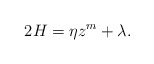
\begin{align*}2H=\eta z^m+\lambda.\end{align*}